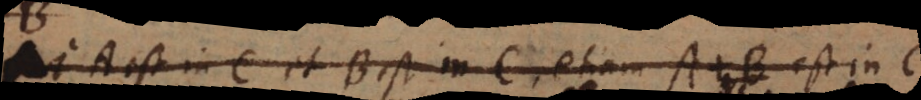
si A est in B et B est in C etiam A est in C